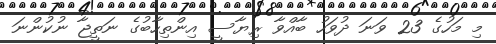
މި މަހުގެ 23 ވަނަ ދުވަހު ބާއްވާ ރިޔާސީ އިންތިހާބުގެ ނަތީޖާ ނުކުންނަ